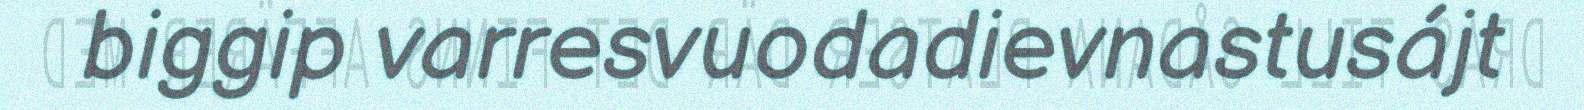
biggip varresvuodadievnastusájt